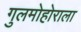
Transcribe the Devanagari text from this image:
गुलमोहोराला